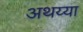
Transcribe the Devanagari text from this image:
अथय्या